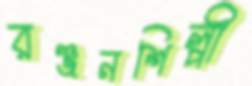
রঞ্জনশিল্পী